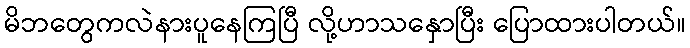
မိဘတွေကလဲနားပူနေကြပြီ လို့ဟာသနှောပြီး ပြောထားပါတယ်။